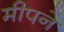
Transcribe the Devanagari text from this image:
मीपने